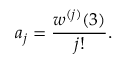
a _ { j } = \frac { w ^ { ( j ) } ( 3 ) } { j ! } .